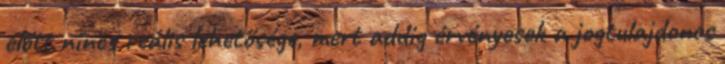
előtt nincs reális lehetősége, mert addig érvényesek a jogtulajdonos